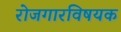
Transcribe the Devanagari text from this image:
रोजगारविषयक